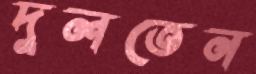
দুলতেন